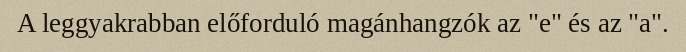
A leggyakrabban előforduló magánhangzók az "e" és az "a".